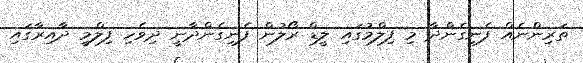
ތަރިންނެއް ފެނިގެންދާ މި ފިލްމުގައި ލީޑް ރޯލުން ފެނިގެންދާނީ ދިވެހި ފިލްމީ ދާއިރާގައި